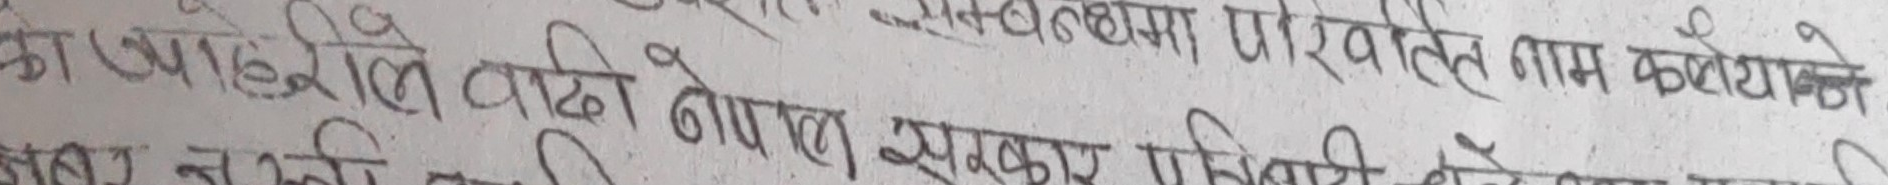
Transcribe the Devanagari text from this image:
का साथैले वाधि नेपाल सरकारले पहिलो चरणको